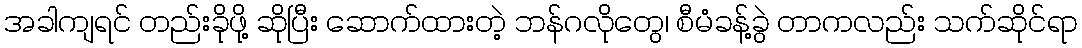
အခါကျရင် တည်းခိုဖို့ ဆိုပြီး ဆောက်ထားတဲ့ ဘန်ဂလိုတွေ၊ စီမံခန့်ခွဲ တာကလည်း သက်ဆိုင်ရာ